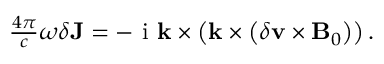
\begin{array} { r } { \frac { 4 \pi } { c } \omega \delta \mathbf { J } = - \textrm { i } \mathbf { k } \times \left( \mathbf { k } \times \left( \delta \mathbf { v } \times \mathbf { B } _ { 0 } \right) \right) . } \end{array}